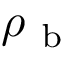
\rho _ { \mathrm { ~ b ~ } }